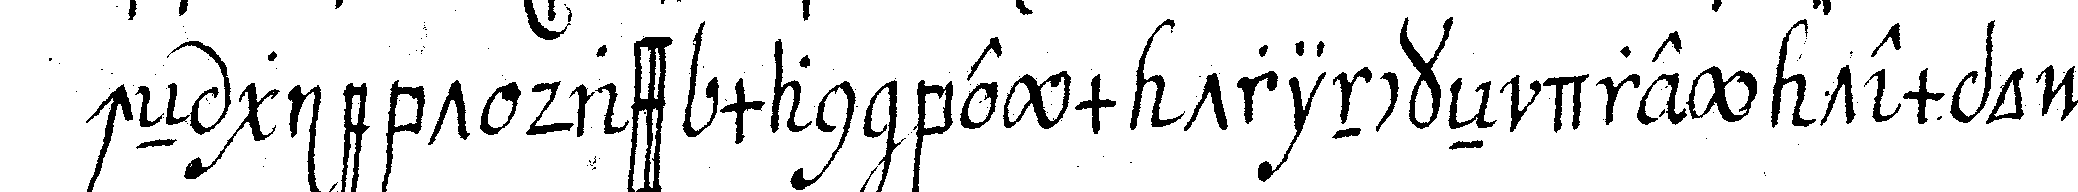
cheN giebt dass man beym trinckeN drey tempo